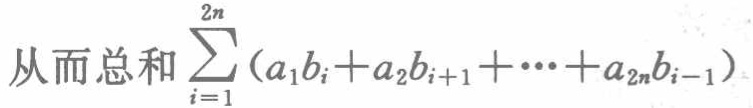
从而总和\(\sum_{i = 1}^{2n}(a_1b_i + a_2b_{i + 1} + \cdots + a_{2n}b_{i - 1})\)